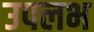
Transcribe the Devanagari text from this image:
उपलभ